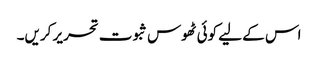
اس کے لیے کوئی ٹھوس ثبوت تحریر کریں۔